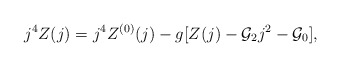
\begin{align*}j^4Z(j)=j^4Z^{(0)}(j)-g[Z(j)-{\cal G}_2j^2-{\cal G}_0],\end{align*}